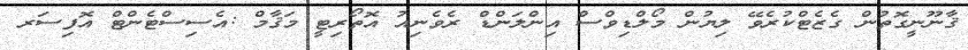
ޤާނޫނީގޮތުން ގެޒެޓްކުރެވޭ ލިޔުން މޯލްޑިވްސް އިންލަންޑް ރެވެނިއު އޮތޯރިޓީ މަޤާމް :އެސިސްޓެންޓް އޮފިސަރ